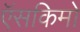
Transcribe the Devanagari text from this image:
ऍसकिमो